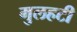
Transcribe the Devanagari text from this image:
मुलहटी